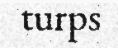
turps